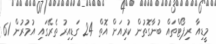
މީޑިއާ ރިޕޯޓްތައް ބުނާގޮތުން ކުރިއަށް އޮތް 24 ގަޑިއިރު ތެރޭގައި އުމުރުން 61